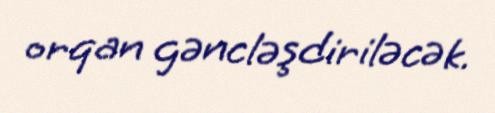
orqan gəncləşdiriləcək.